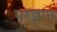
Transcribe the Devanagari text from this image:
परज्ञान